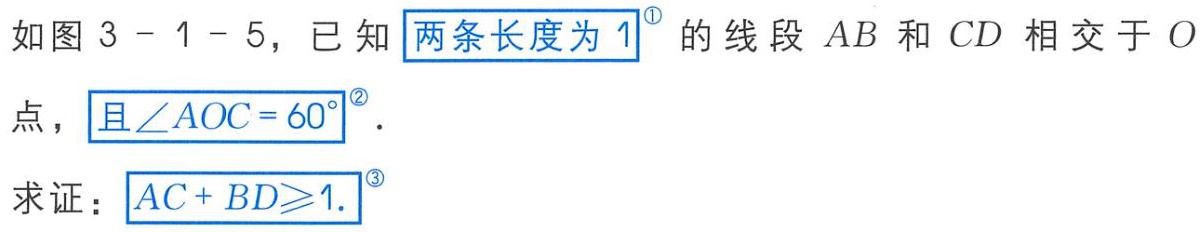
如图 3 - 1 - 5，已知两条长度为 1 的线段 \(AB\) 和 \(CD\) 相交于 \(O\) 点，且\(\angle AOC = 60^{\circ}\)．
求证：\(AC + BD\geqslant1\).